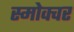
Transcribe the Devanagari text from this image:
स्मोक्वर